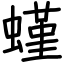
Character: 螼